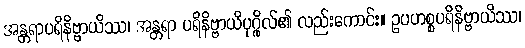
အန္တရာပရိနိဗ္ဗာယိဿ၊ အန္တရာ ပရိနိဗ္ဗာယိပုဂ္ဂိုလ်၏ လည်းကောင်း။ ဥပဟစ္စပရိနိဗ္ဗာယိဿ၊